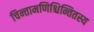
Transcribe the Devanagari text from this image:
चिन्तामणिश्चिन्तितस्य